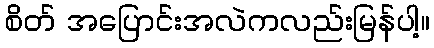
စိတ် အပြောင်းအလဲကလည်းမြန်ပါ့။